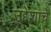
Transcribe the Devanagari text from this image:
उद्देशाचे